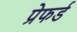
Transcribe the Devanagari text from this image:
प्रेफर्ड